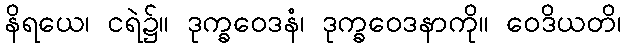
နိရယေ၊ ငရဲ၌။ ဒုက္ခဝေဒနံ၊ ဒုက္ခဝေဒနာကို။ ဝေဒိယတိ၊